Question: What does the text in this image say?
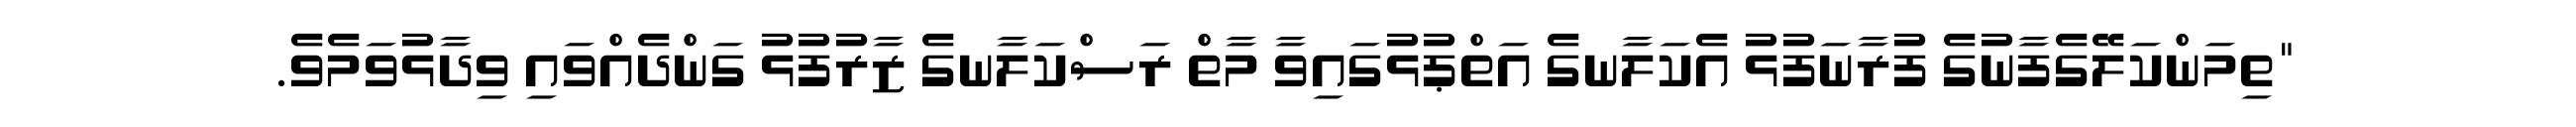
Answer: "ތިމަންކަލޭގެފާނުގެ ފުރާނަފުޅު އެކަލާނގެ އަތްޕުޅުގައިވާ މާތް ރަސްކަލާނގެ ޒާރުފުޅު ގަންދެއްވައި ވިދާޅުވަމެވެ.